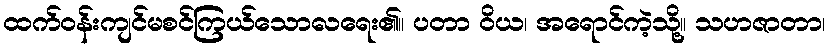
ထက်ဝန်းကျင်မစင်ကြယ်သောလရေး၏။ ပတာ ဝိယ၊ အရောင်ကဲ့သို့။ သဟဇာတာ၊